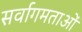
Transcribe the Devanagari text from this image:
सर्वागमताओं